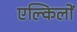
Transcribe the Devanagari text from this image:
एल्किलों